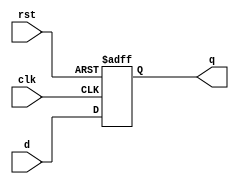
module flip_flop_behavioral (
    input wire clk,
    input wire rst,
    input wire d,
    output reg q
);

always @(posedge clk or posedge rst) begin
    if (rst) begin
        q <= 1'b0; // reset the flip-flop to 0
    end else begin
        q <= d; // store the input data on the rising edge of the clock
    end
end

endmodule